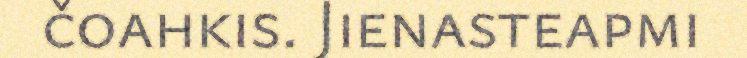
čoahkis. Jienasteapmi